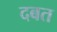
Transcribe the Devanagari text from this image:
दबत